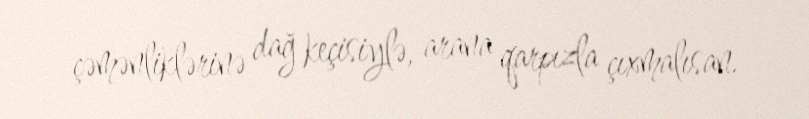
çəmənliklərinə dağ keçisiylə, arana qarpızla çıxmalısan.